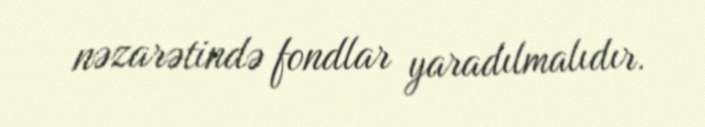
nəzarətində fondlar yaradılmalıdır.